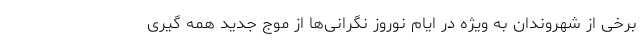
برخی از شهروندان به ویژه در ایام نوروز نگرانی‌ها از موج جدید همه گیری